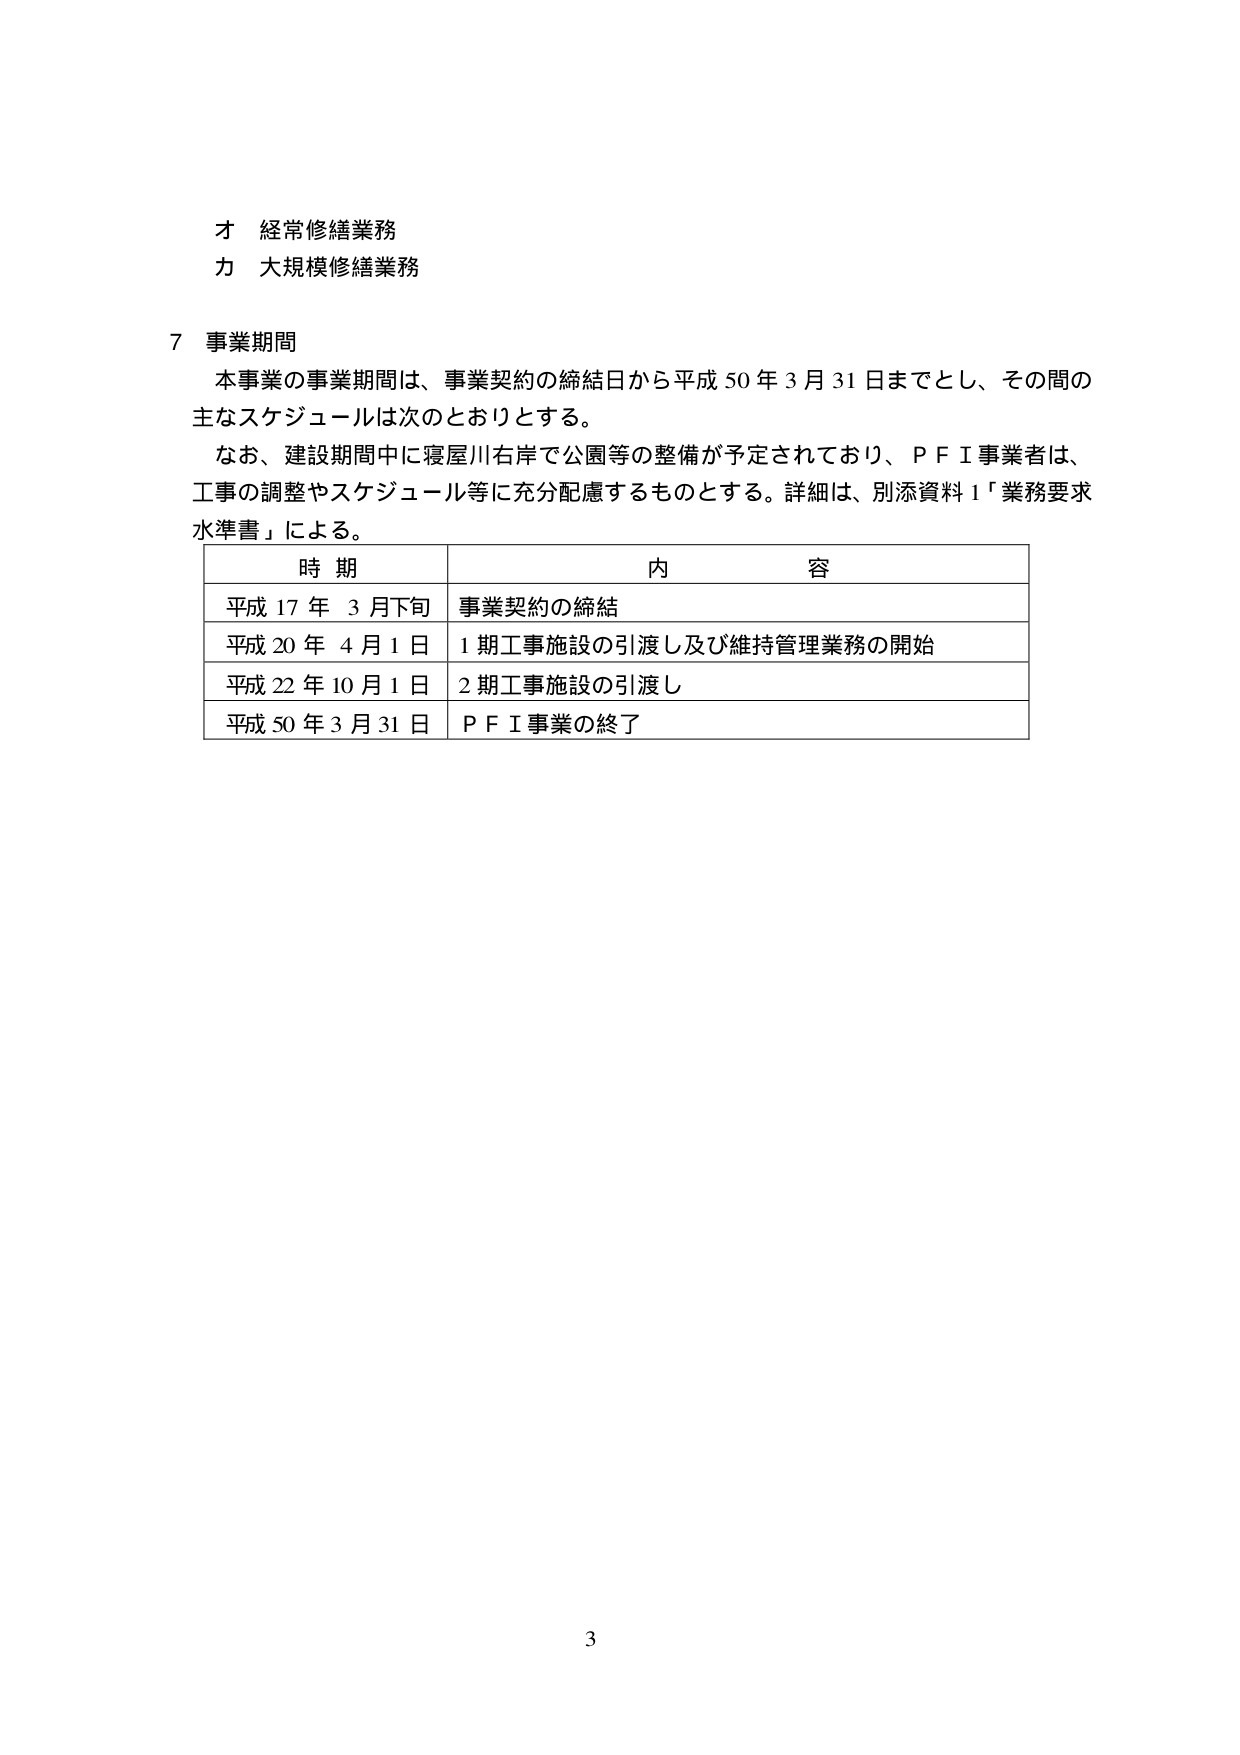
才 経常修繕業務
力 大規模修繕業務

7 事業期間
本事業の事業期間は、事業契約の締結日から平成50年3月31日までとし、その間の主なスケジュールは次のとおりとする。
なお、建設期間中に寝屋川右岸で公園等の整備が予定されており、ＰＦＩ事業者は、工事の調整やスケジュール等に充分配慮するものとする。詳細は、別添資料1「業務要求水準書」による。

時期 内容
平成17年3月下旬 事業契約の締結
平成20年4月1日 1期工事施設の引渡し及び維持管理業務の開始
平成22年10月1日 2期工事施設の引渡し
平成50年3月31日 ＰＦＩ事業の終了

3